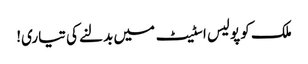
ملک کو پولیس اسٹیٹ میں بدلنے کی تیاری!